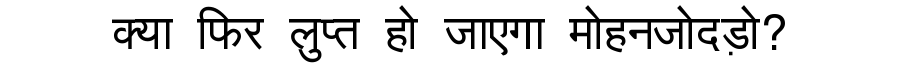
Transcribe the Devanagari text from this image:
क्या फिर लुप्त हो जाएगा मोहनजोदड़ो?